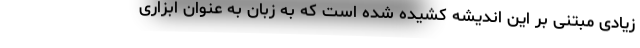
زیادی مبتنی بر این اندیشه کشیده شده است که به زبان به عنوان ابزاری